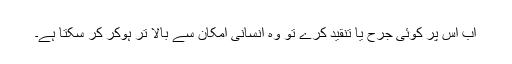
اب اس پر کوئی جرح یا تنقید کرے تو وہ انسانی امکان سے بالا تر ہوکر کر سکتا ہے۔